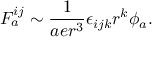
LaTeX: { \cal F } _ { a } ^ { i j } \sim \frac { 1 } { a e r ^ { 3 } } \epsilon _ { i j k } r ^ { k } \phi _ { a } .